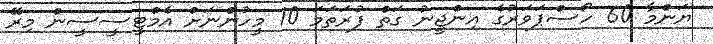
ޔަންމާ 60 ހޯސްޕަވަރުގެ އިންޖީނު ގަތް ފުރަތަމަ 10 މީހުންނަށް އެމްޓީސީސީން މިރޭ